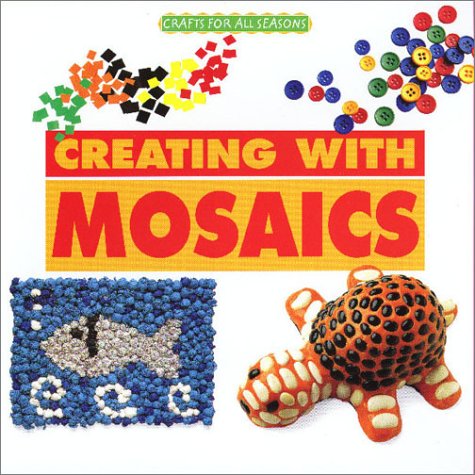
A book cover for Crafts for All Seasons - Creating with Mosaics; Anna Freixenet; Arts & Photography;